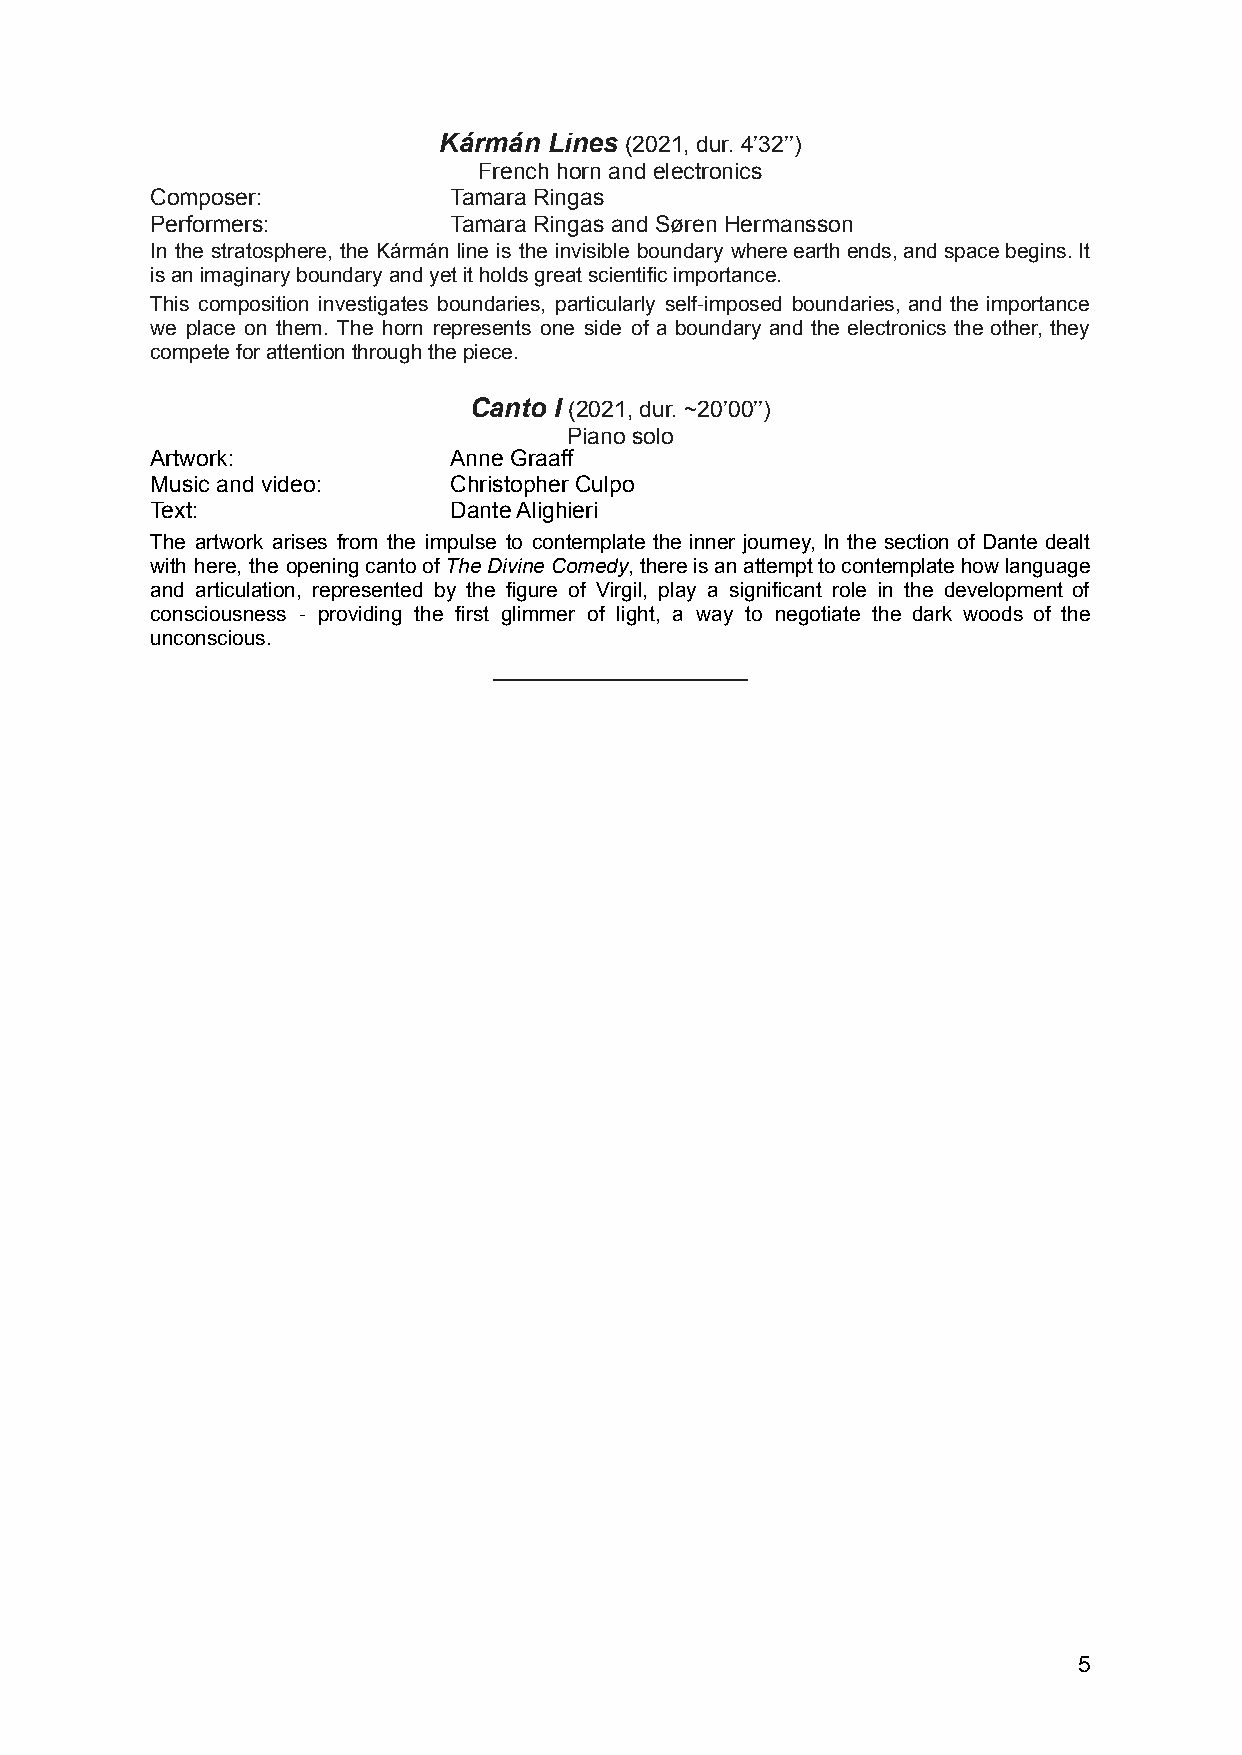
Kármán Lines (2021, dur. 4’32’’)
 French horn and electronics
 Composer:           Tamara Ringas
 Performers:         Tamara Ringas and Søren Hermansson
 In the stratosphere, the Kármán line is the invisible boundary whereearthends,andspacebegins.It
 is an imaginary boundary and yet it holds great scientific importance.
 This composition investigates boundaries, particularly self-imposed boundaries, and the importance
 we place on them. The horn represents one side of a boundary and the electronics the other, they
 compete for attention through the piece.
 Canto I (2021, dur. ~20’00’’)
 Piano solo
 Artwork:            Anne Graaff
 Music and video:    Christopher Culpo
 Text:               Dante Alighieri
 The artwork arises from the impulse to contemplate the inner journey, In the section of Dante dealt
 with here, the openingcantoofTheDivineComedy,thereisanattempttocontemplatehowlanguage
 and articulation, represented by the figure of Virgil, play a significant role in the development of
 consciousness - providing the first glimmer of light, a way to negotiate the dark woods of the
 unconscious.
 ____________________
 5